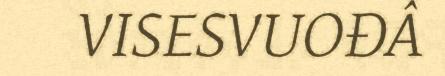
VISESVUOĐÂ